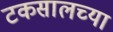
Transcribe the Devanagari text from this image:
टकसालच्या